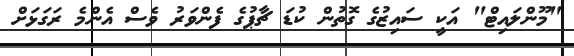
"މޫންލައިޓް" އަކީ ސައިޒުގެ ގޮތުން ކުޑަ ޗާޕުގެ ފެންވަރު ވެސް އެންމެ ރަގަޅަށް